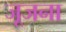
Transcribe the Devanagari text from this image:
जूजना